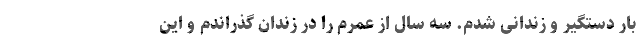
بار دستگیر و زندانی شدم. سه سال از عمرم را در زندان گذراندم و این